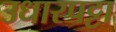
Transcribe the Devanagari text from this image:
उधारपट्टा